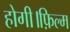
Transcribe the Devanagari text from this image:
होगी।फ़िल्म